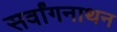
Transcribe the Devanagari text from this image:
सर्वांगनाथन